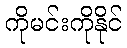
ကိုမင်းကိုနိုင်